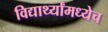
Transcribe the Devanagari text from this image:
विद्यार्थ्यांमध्येच